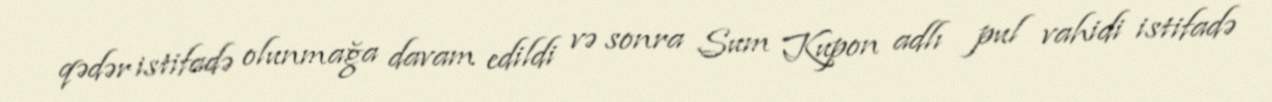
qədər istifadə olunmağa davam edildi və sonra Sum Kupon adlı pul vahidi istifadə